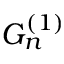
G _ { n } ^ { ( 1 ) }